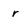
Character: r